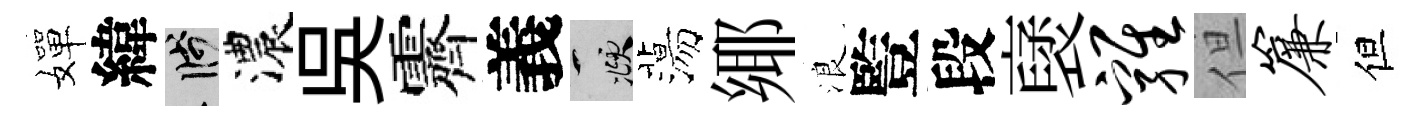
嬋緯箋濃吴霽義頫蕩鄊浪䜿段裦鸡但帘但